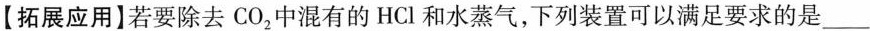
【拓展应用】 若要除去CO_{2}中混有的HCl和水蒸气，下列装置可以满足要求的是___